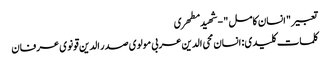
تعبیر " انسان کامل " - شهید مطهری
کلمات کلیدی : انسان محی الدین عربی مولوی صدر الدین قونوی عرفان